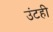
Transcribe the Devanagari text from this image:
उंटही